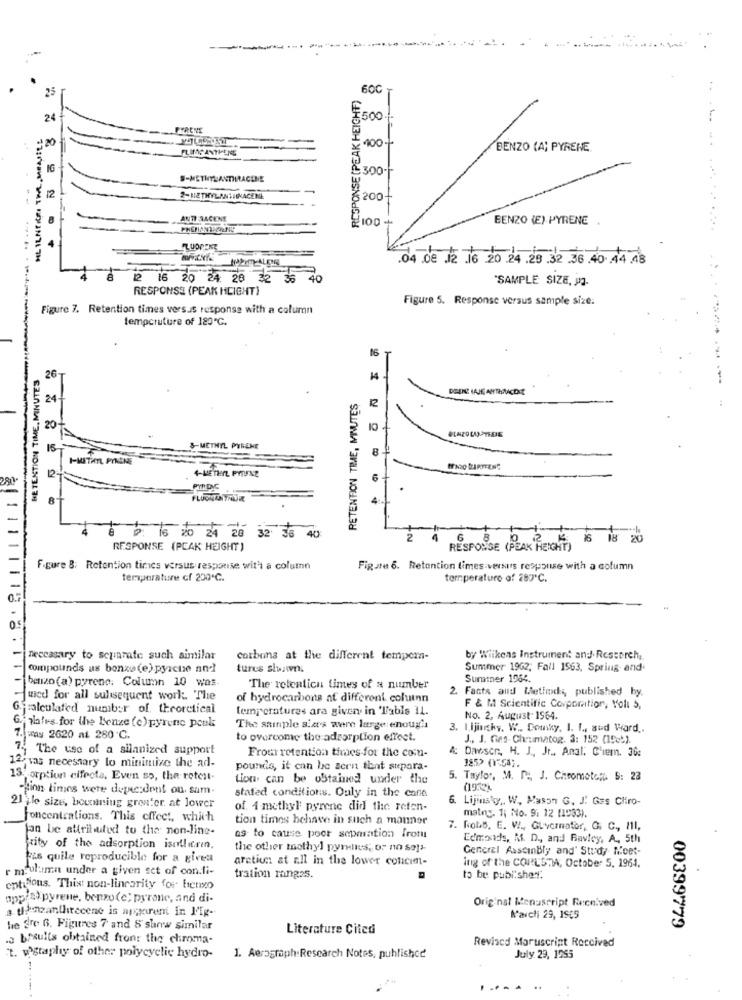
25
RESPONSE (PEAK HEIGHT)
60C
24
₹500
HL ILNEISI THE MEAFILE
400 --
FLIMCANTIENE
BENZO (A) PYRENE
IG
S-METHYLANTHRACONE
12
2-112THYL-ANEHINACENE
200
ANTI-RACKNE
100
BENZO (E) PYRENE .
FLUOPENZ
.04 de 12 16 20 24 .28 .32 .36 .40 44.48
16 20 24: 26 32 36 4
"SAMPLE SIZE, Pa.
RESPONSE (PEAK HEIGHT)
Figure 5. Response versus sample size.
Figure 7. Retention times versus response with a column
tempcruture of 180℃.
16
BE TENTION TIME, MINUTES
26
14
RETENTION TIME, MINUTES
24
12
20
15
&-METHYL PYRENE
8
I-METHYL PYIGNE
6
PINDE
8
4
8 2 16 20 24 28 32 36 40
16 18 20
RESPONSE (PEAK HEIGHT )
RESPONSE (PEAK REICHT)
Figure 8; Retention tincs versus response wit's a column
Figure 6. Retention times versars response with a column
temperature of 200 ℃.
temperature of 287℃.
Teccasary to separate such similar
cotbons at the different tempera-
by Wiikens Instrument and Research,
compounds as benze (e) pyrctie and
turus shown.
Summer 1962; Fall 1963, Spring and
benzo (a) pyrene. Column 10 Was
Summer 1954.
The retention times of a number
2. Facts and Metinde, published by.
wed for all sulisequent work. The
of hydrocarbons at different columnn
jcalculated nunib:r of. theoretical
temperatures ara given in Table 11.
F & M Scientific Corpomition, Yolu 5,
No. 2. August 1964.
a mates. for the Benze (e) pyrene pouls
The sample sier's were large enough
3. Lijingky. W .. Comky, I. L ., aud Ward ..
1. was 2620 at 260 ℃.
to overcome the adsorption effect.
J ., J. Gins. Chrumatog. 3: 152 (15cb).
75 The use of a silanized support
Fromretention times for the com-
4: Dawson, H. J ., Jr ., Anal: C'iem. 36:
12/was necessary to minimize the ad-
pounds, it can be seen that stepara-
orption elfeota, Even so, the rotent-
tion can be obtained under the
5. Taylor, M. D ., J. Chromotola 5: 23
finn times were depec:dont ou. sam-
stated conditions. Ouly in the canie
019.2)
Lijinsky ,. W. Mason G. J. Ges CHiro-
21 jle size, boumning grenter at lower
of. 1 methyl pyrene did the reten-
concentrations. This effect, which
tion times behave in such a manner
matny. 1; No. 9: 12 (1033).
jan be attributed to the non-line-
7. Robb, E. W ., Givarnator, G. C ., MI,
as to cause poor separation frotu
Edmonds, M. D ., and Raviey, A, 5th
64466800
Fity of the adsorption isollitain.
the other methyl pyrelles, or no so]-
General AsscinBly and' Study Moet-
is quile reproducible for a given
aretien at all in the lower concim-
r mulama under a given set of con.fi-
ing of the COILSTWA, October 5, 1964,
tration rango5.
to be pubi:sher.
entitions. Thist non-linearity for biemo
appis)pyrene, benzo(e; pyrone, and di-
Original Menuscript Received
a Unzanthirecene is apparent in l'Ig-
Marchi 29, 1945
he dre 6. Figures 7 and 8 show similar
Literature Cited
.. bruits obtained front the chroma-
Revised Maruscript Received
"t. wgraphy of other polycyclic hydro-
1. Aerograph:Research Notes, published
July 29, 1955